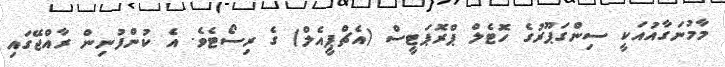
މާމުނަގާއުއަކީ ސިންގަޕޫރުގެ ހޮޓެލް ޕްރޮޕަޓީސް (އެޗްޕީއެލް) ގެ ރިސޯޓެވެ. އެ ކުންފުނިން ރާއްޖޭގައި